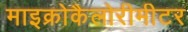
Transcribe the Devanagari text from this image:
माइक्रोकैलोरीमीटर